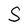
Character: S